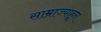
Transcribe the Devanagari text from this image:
साम्राज्याहून